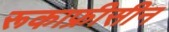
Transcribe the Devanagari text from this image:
रूकाफ्रीसीन